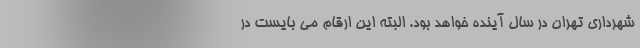
شهرداری تهران در سال آینده خواهد بود. البته این ارقام می بایست در